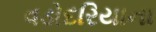
વડોદરિયાના